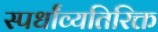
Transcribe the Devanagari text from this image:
स्पर्धांव्यतिरिक्त